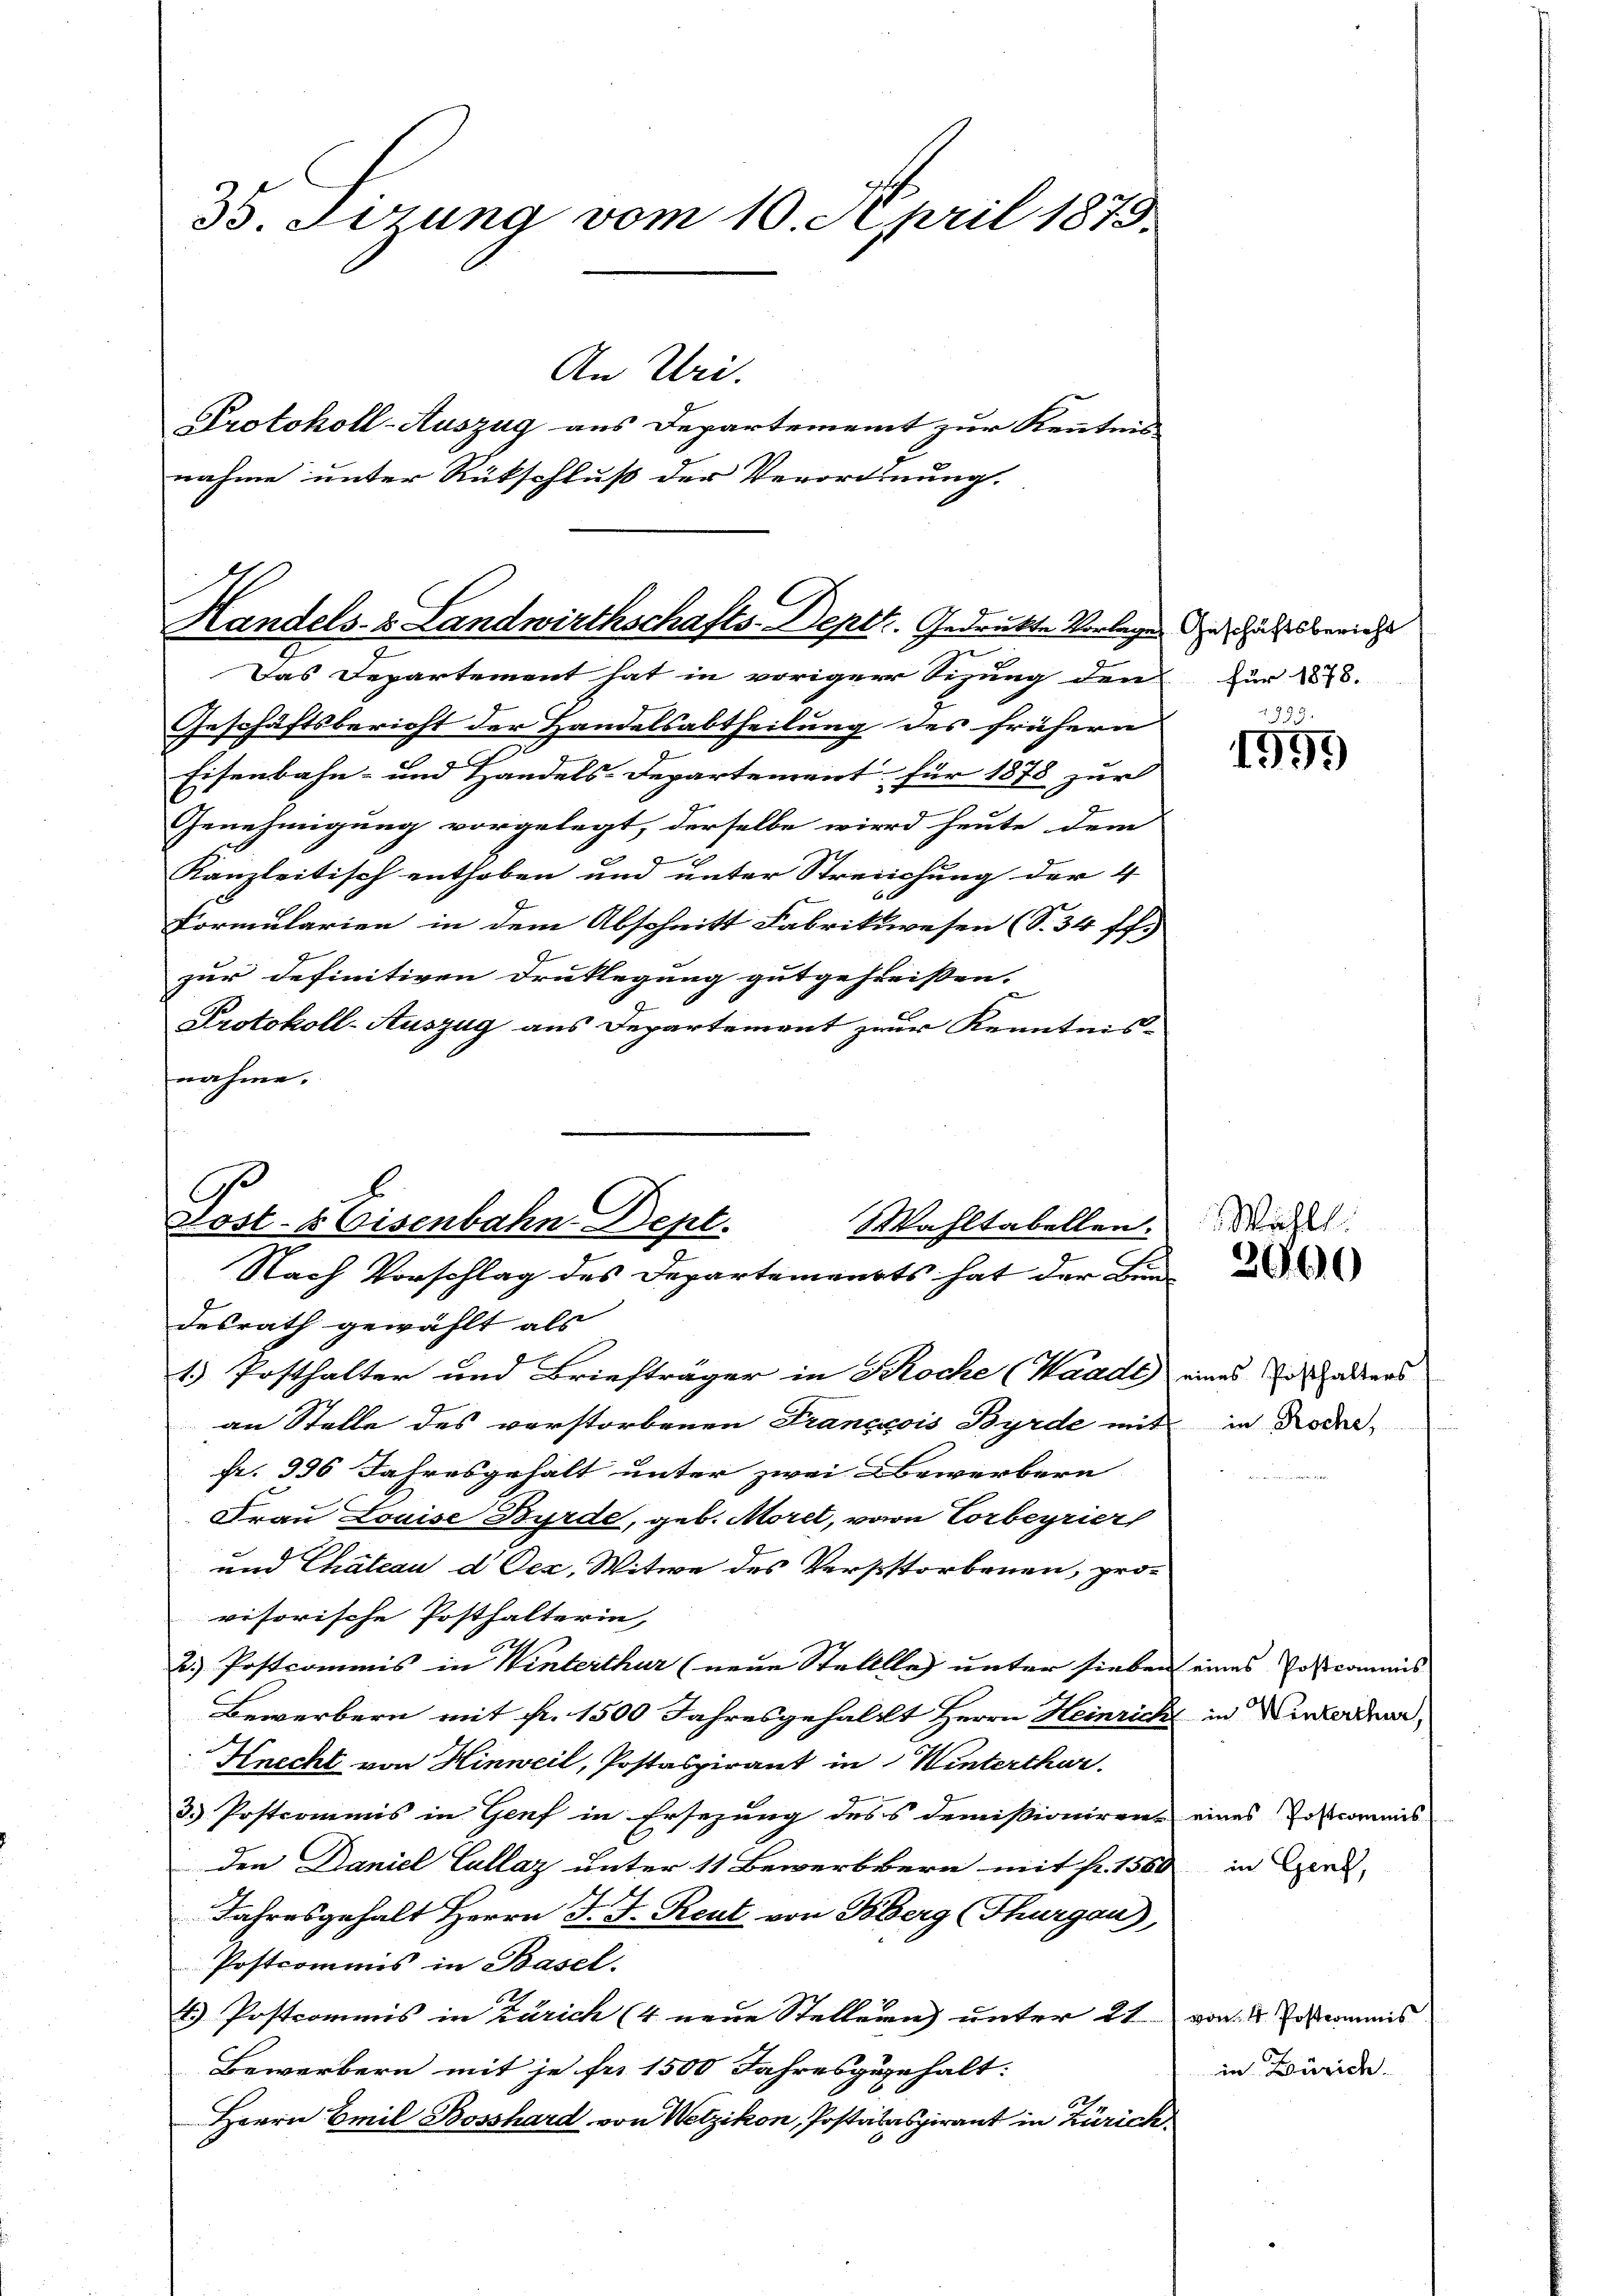
35. Sörung vom 10. April 1875.
An Uri.
Protokoll-Auszug aus Departement zur Kenntnis
nahme unter Rückschluß der Verordnung.

Handels- & Landwirthschafts-Dept. Gedruckte Vorlages Anschaftsbericht

Das Departement hat in voriger Sizung den für 1878.
Geschäftsbericht der Handelsabtheilung des frühern
e
Eisenbahn- und Handels-Departement für 1878 zur
Genehmigung vorgelegt, derselbe wird heute dem
Kanzleitisch enthoben und unter Streichung der 4
Formularien in dem Abschnitt Fabrikwesen (S. 34 ff.)
zur definitiven Druklegung gutgeheissen. |
Protokoll-Auszug aus Departement zur Kenntnisnahme.

Post- & Eisenbahn Dept.
Wahltabellen.
Nach Vorschlag des Departements hat der Bun-
desrath gewählt als
1.) Posthalter und Briefträger in Koche (Waadt) eines Inhalters

an Stelle des verstorbenen Francois Byrde mit in Rode,
fr. 936 Jahresgehalt unter zwei Bewerbern
Frau Louise Bürde, geb. Morel, vom Vorbeyrier
und Chäteau d. Dez. Witwe des Verstorbenen, provisorische Posthalterin,
2
2.) Postcommis in Winterthur (neue Stelllle) unter sieben eines Postcommis
Bewerbern mit fr. 1500 Jahresgehalt Herrn Heinrich in Verkerden,
Knecht von Hinweil, Postaspirant in Winterthur.
3. Postcommis in Genf in Ersezung dess demissioniren eines Postcommis
den Daniel Callaz unter 11 Bewerbern mit fr. 1560
Jahresgehalt Herrn J. J. Reut von Bberg (Thurgau),
Postcommis in Basel.
4.) Postcommis in Zürich (4 neue Stellern unter 21
Bewerbern mit je fr. 1500 Jahresgegehalt:
62.
Herrn Emil Bosshard von Wetzikon, Postataspirant in Zürich

1995

Wählt.

1999

2960

in Genf,

von 4 Postkommis
in Zürich.